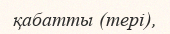
қабатты (тері),